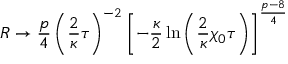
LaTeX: R \rightarrow \frac { p } { 4 } \left( \frac { 2 } { \kappa } \tau \right) ^ { - 2 } \left[ - \frac { \kappa } { 2 } \ln \left( \frac { 2 } { \kappa } \chi _ { 0 } \tau \right) \right] ^ { \frac { p - 8 } { 4 } }